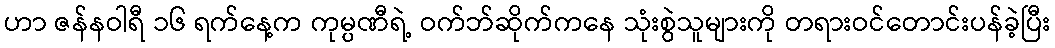
ဟာ ဇန်နဝါရီ ၁၆ ရက်နေ့က ကုမ္ပဏီရဲ့ ဝက်ဘ်ဆိုက်ကနေ သုံးစွဲသူများကို တရားဝင်တောင်းပန်ခဲ့ပြီး